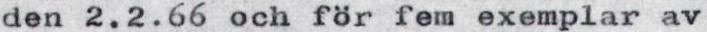
den 2.2.66 och för fem exemplar av